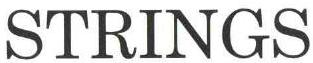
STRINGS